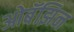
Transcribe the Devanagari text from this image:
ओबॅझिन